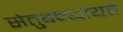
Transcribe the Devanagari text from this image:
सेतुबन्धायते